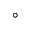
^ \circ